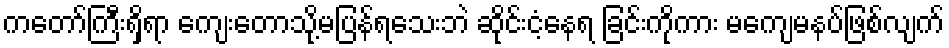
ကတော်ကြီးရှိရာ ကျေးတောသို့မပြန်ရသေးဘဲ ဆိုင်းငံ့နေရ ခြင်းကိုကား မကျေမနပ်ဖြစ်လျက်